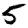
Digit: 5